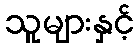
သူများနှင့်